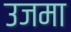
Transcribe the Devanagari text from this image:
उजमा